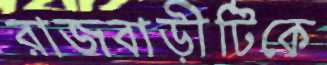
রাজবাড়ীটিকে